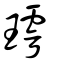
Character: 㻬